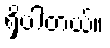
ရှိပါတယ်။